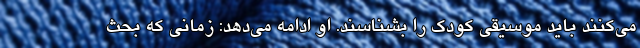
می‌کنند باید موسیقی کودک را بشناسند. او ادامه می‌دهد: زمانی که بحث